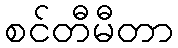
စင်တီမီတာ